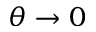
\theta \rightarrow 0